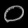
Digit: ၀